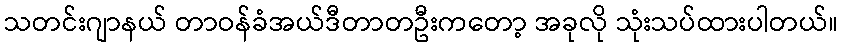
သတင်းဂျာနယ် တာဝန်ခံအယ်ဒီတာတဦးကတော့ အခုလို သုံးသပ်ထားပါတယ်။